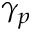
\gamma _ { p }